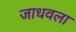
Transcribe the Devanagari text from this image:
जाधवला